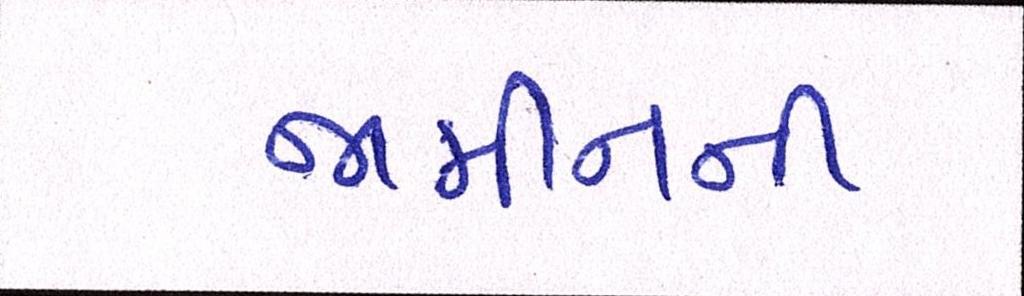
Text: જામીનની